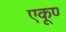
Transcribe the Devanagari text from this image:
एकूण्‍